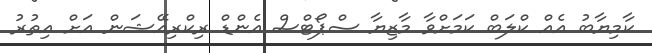
ކާމިޔާބު އެއް ކްލަބް ކަމަށްވާ މާޒިޔާ ސްޕޯޓްސް އެންޑް ރިކްރިއޭޝަން އަށް އިތުރު